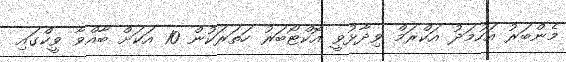
މެންބަރު އަހުމަދު އަކްރަމް ވިދާޅުވީ އޮކްޓޯބަރު ހަތަރަކުން 10 އަކަށް ބާއްވާ ވީކްގައި